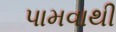
પામવાથી